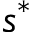
s ^ { * }